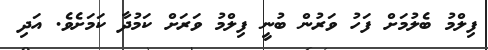
ފިލްމު ބެލުމަށް ފަހު ވަރުން ބުނީ ފިލްމު ވަރަށް ކަމުދާ ކަމަށެވެ. އަދި